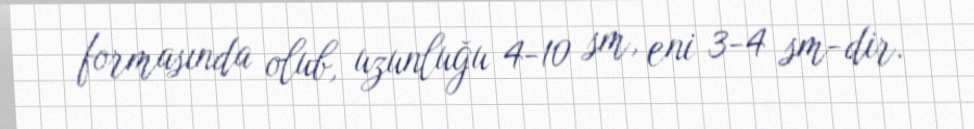
formasında olub, uzunluğu 4-10 sm, eni 3-4 sm-dir.